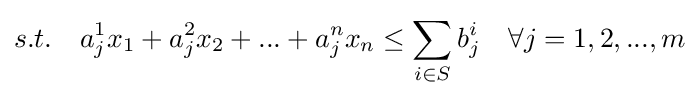
s.t.\quad a_{j}^{1}x_{1}+a_{j}^{2}x_{2}+...+a_{j}^{n}x_{n}\leq \sum _{i\in S}b_{j}^{i}\quad \forall j=1,2,...,m